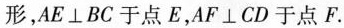
形，$$AE\perp BC$$于点E，$$AF\perp CD$$于点F.